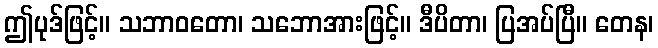
ဤပုဒ်ဖြင့်။ သဘာဝတော၊ သဘောအားဖြင့်။ ဒီပိတာ၊ ပြအပ်ပြီ။ တေန၊